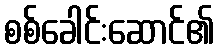
စစ်ခေါင်းဆောင်၏